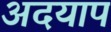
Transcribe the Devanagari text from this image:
अदयाप